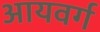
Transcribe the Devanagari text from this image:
आयवर्ग